Code of medical and sanitary regulations for the guidance of medical officers serving in the Madras Presidency - Volume I
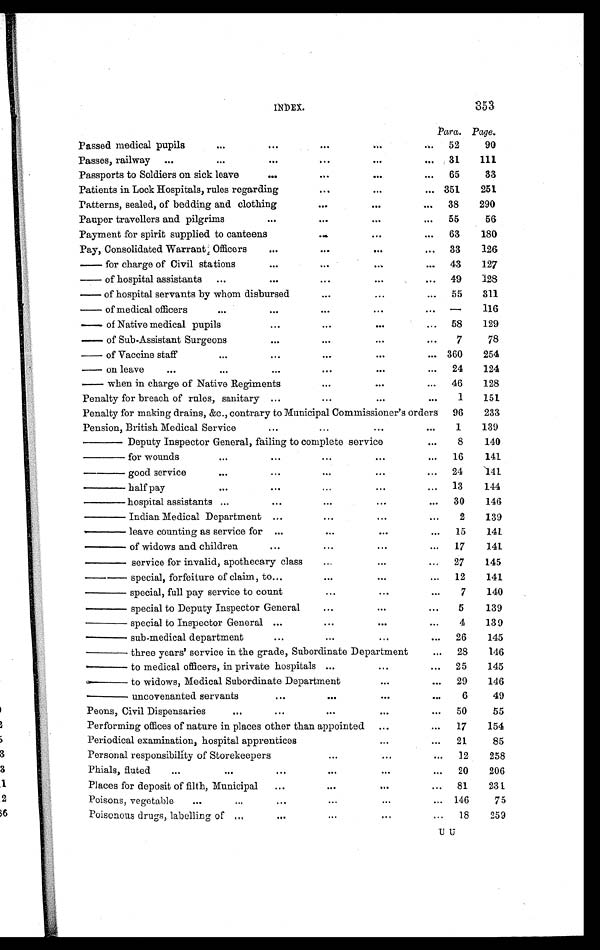
INDEX.
353
Para. Page.
Passed medical pupils
...
...
...
...
... 52
90
Passes, railway ...
...
...
...
...
. . . 31
111
Passports to Soldiers on sick leave
...
...
...
... 65
33
Patients in Lock Hospitals, rules regarding
...
...
... 351
251
Patterns, sealed, of bedding and clothing
...
...
... 38
290
Pauper travellers and pilgrims
...
...
...
... 55
56
Payment for spirit supplied to canteens
...
...
... 63
180
Pay, Consolidated Warrant Officers
...
...
...
... 33
126
— for charge of Civil stations
...
...
...
... 43
127
— of hospital assistants ...
...
...
...
... 49
128
— of hospital servants by whom disbursed
...
...
... 55
311
— of medical officers
...
...
...
...
. . . —
116
— of Native medical pupils
...
...
...
... 58
129
— of Sub-Assistant Surgeons
...
...
...
...
7
78
— of Vaccine staff
...
...
...
...
. . . 360
254
— on leave
. . . ...
...
...
...
... 24
124
— when in charge of Native Regiments
...
...
... 46
128
Penalty for breach of rules, sanitary ...
...
...
. . .
1
151
Penalty for making drains, &c., contrary to Municipal Commissioner's orders 96
233
Pension, British Medical Service
...
...
...
. . .
1
139
—— Deputy Inspector General, failing to complete service
. . .
8
140
—— for wounds
...
...
...
...
... 16
141
—— good service
...
...
...
...
... 24
141
—— half pay
...
...
...
...
... 13
144
—— hospital assistants ...
...
...
...
... 30
146
—— Indian Medical Department ...
...
...
...
2
139
—— leave counting as service for ...
...
. . .
... 15
141
—— of widows and children
...
...
...
... 17
141
—— service for invalid, apothecary class
...
...
... 27
145
— — s p e c i a l , f o r f e i t u r e o f c l a i m , t o . . .
...
...
...
... 12
141
—— special, full pay service to count
. . .
. . .
. . .
7
140
—— special to Deputy Inspector General
...
...
. . . 5
139
—— special to Inspector General ...
...
. . .
...
4
139
—— sub-medical department
...
...
...
... 26
145
—— three years' service in the grade, Subordinate Department
... 28
146
—— to medical officers, in private hospitals ...
...
... 25
145
—— to widows, Medical Subordinate Department
. . .
... 29
146
—— uncovenanted servants
...
. . .
. . .
. . .
6
49
Peons, Civil Dispensaries
...
...
. . .
. . .
... 50
55
Performing offices of nature in places other than appointed ...
... 17
154
Periodical examination, hospital apprentices
...
... 21
85
Personal responsibility of Storekeepers
. . .
. . .
... 12
258
Phials, fluted
...
. . .
...
. . .
. . .
... 20
206
Places for deposit of filth, Municipal ...
. . .
...
. . . 81
231
Poisons, vegetable ...
...
...
. . .
. . .
. . . 146
75
Poisonous drugs, labelling of ...
...
. . .
. . .
... 18
259
U U